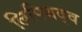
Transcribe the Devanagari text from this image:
लिपिबद्व